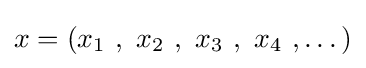
x=(x_{1}\ ,\ x_{2}\ ,\ x_{3}\ ,\ x_{4}\ ,\dots )